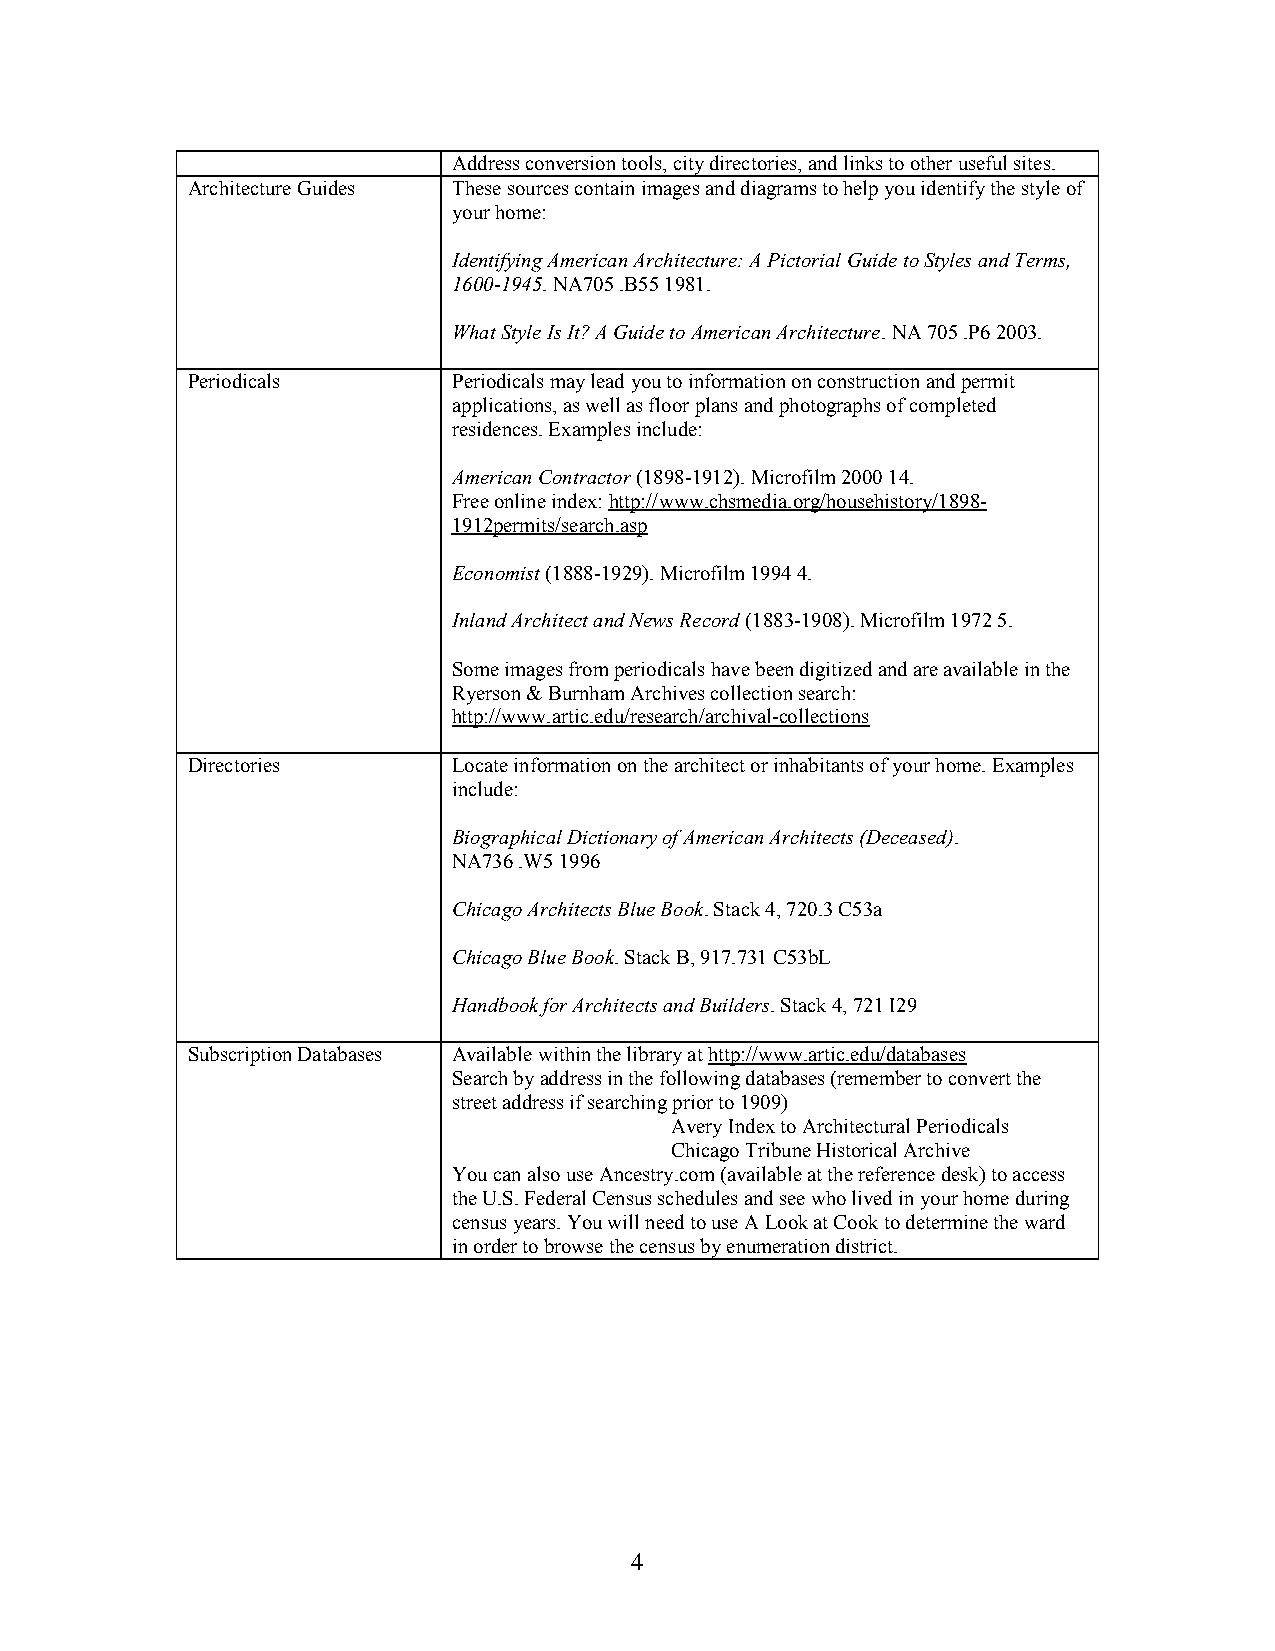
Address conversion tools, city directories, and links to other useful sites.
 Architecture Guides These sources contain images and diagrams to help you identify the style of
 your home:
 Identifying American Architecture: A Pictorial Guide to Styles and Terms,
 1600-1945. NA705 .B55 1981.
 What Style Is It? A Guide to American Architecture. NA 705 .P6 2003.
 Periodicals       Periodicals may lead you to information on construction and permit
 applications, as well as floor plans and photographs of completed
 residences. Examples include:
 American Contractor (1898-1912). Microfilm 2000 14.
 Free online index: http://www.chsmedia.org/househistory/1898-
 1912permits/search.asp
 Economist (1888-1929). Microfilm 1994 4.
 Inland Architect and News Record (1883-1908). Microfilm 1972 5.
 Some images from periodicals have been digitized and are available in the
 Ryerson & Burnham Archives collection search:
 http://www.artic.edu/research/archival-collections
 Directories       Locate information on the architect or inhabitants of your home. Examples
 include:
 Biographical Dictionary of American Architects (Deceased).
 NA736 .W5 1996
 Chicago Architects Blue Book. Stack 4, 720.3 C53a
 Chicago Blue Book. Stack B, 917.731 C53bL
 Handbook for Architects and Builders. Stack 4, 721 I29
 Subscription Databases Available within the library at http://www.artic.edu/databases
 Search by address in the following databases (remember to convert the
 street address if searching prior to 1909)
 Avery Index to Architectural Periodicals
 Chicago Tribune Historical Archive
 You can also use Ancestry.com (available at the reference desk) to access
 the U.S. Federal Census schedules and see who lived in your home during
 census years. You will need to use A Look at Cook to determine the ward
 in order to browse the census by enumeration district.
 4